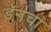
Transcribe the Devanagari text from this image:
डॅनचा